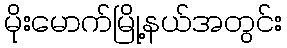
မိုးမောက်မြို့နယ်အတွင်း